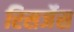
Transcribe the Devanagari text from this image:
रिसर्जेस